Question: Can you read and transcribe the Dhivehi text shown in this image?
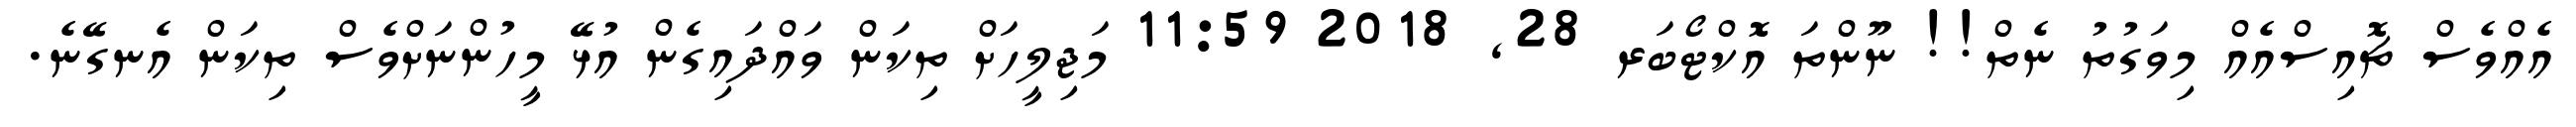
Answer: އެއްވެސް ޗޮއިސްއެއް މިވަގުތު ނެތް!! ނޫންތަ އޮކްޓޯބަރ 28, 2018 11:59 މަޖިލީހަށް ތިކަން ވައްދައިގެން އުޅޭ މީހުންނަށްވެސް ތިކަން އެނގޭނެ.